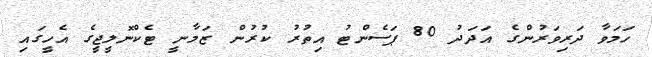
ހަމަވާ ދަރިވަރުންގެ އަދަދު 80 ޕަސެންޓު އިތުރު ކުރުން ޒަމާނީ ޓެކްނޮލީޖީގެ އެހީގައި